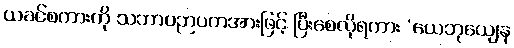
ယခင်စကားကို သဘာဝဉာပကအားဖြင့် ပြီးစေလိုရကား ‘ယေဘုယျေန